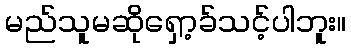
မည်သူမဆိုရှော့ခ်သင့်ပါဘူး။